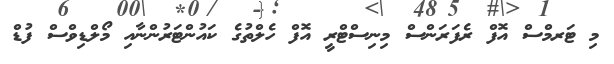
މި ޓަރމްސް އޮފް ރެފަރަންސް މިނިސްޓްރީ އޮފް ހެލްތުގެ ކައުންޓަރުންނާއި މޯލްޑިވްސް ފުޑް